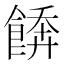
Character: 𩝼